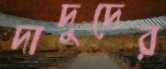
দাদুদের